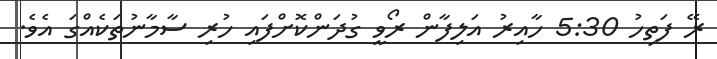
ރޭ ފަތިހު 5:30 ހާއިރު އަލިފާން ރޯވީ ގުދަންކޮށްފައި ހުރި ސާމާނުތަކެއްގަ އެވެ.